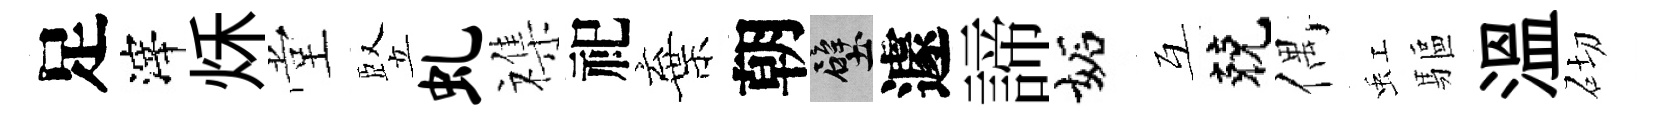
足滓秌堂竪虬襍祀棄朝壁遽諦妬互兢偶虹驅温砌